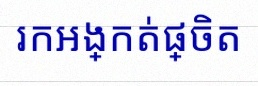
រកអង្កត់ផ្ចិត